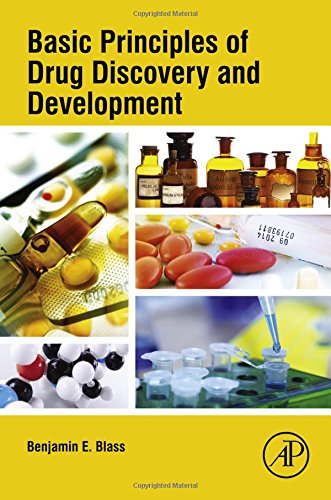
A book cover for Basic Principles of Drug Discovery and Development; Benjamin Blass; Medical Books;